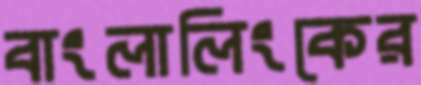
বাংলালিংকের